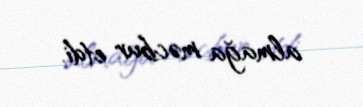
almağa məcbur etdi.